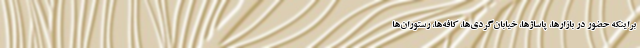
براینکه حضور در بازارها، پاساژها، خیابان‌گردی‌ها، کافه‌ها، رستوران‌ها